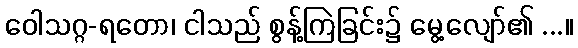
ဝေါသဂ္ဂ-ရတော၊ ငါသည် စွန့်ကြဲခြင်း၌ မွေ့လျော်၏ ...။